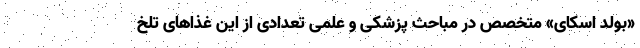
«بولد اسکای» متخصص در مباحث پزشکی و علمی تعدادی از این غذا‌های تلخ